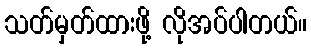
သတ်မှတ်ထားဖို့ လိုအပ်ပါတယ်။